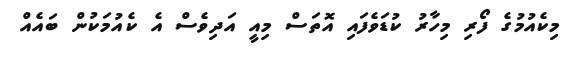
މިކެއުމުގެ ފޯރި މިހާރު ކުޑަވެފައި އޮތަސް މިއީ އަދިވެސް އެ ކެއުމަކުން ބައެއް